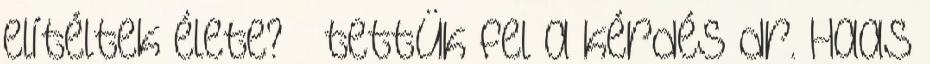
elítéltek élete? – tettük fel a kérdés dr. Haas